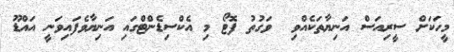
މީހަކަށް ސީރިއަސް އަނިޔާތަކެއްވި  ވަގުތު ފޮޓޯ މި އެކްސިޑެންޓްގައި އަނިޔާވެފައިވަނީ އައްޑޫ